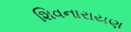
શિવનારાયણ